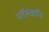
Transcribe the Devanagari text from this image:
मॉस्कॉन